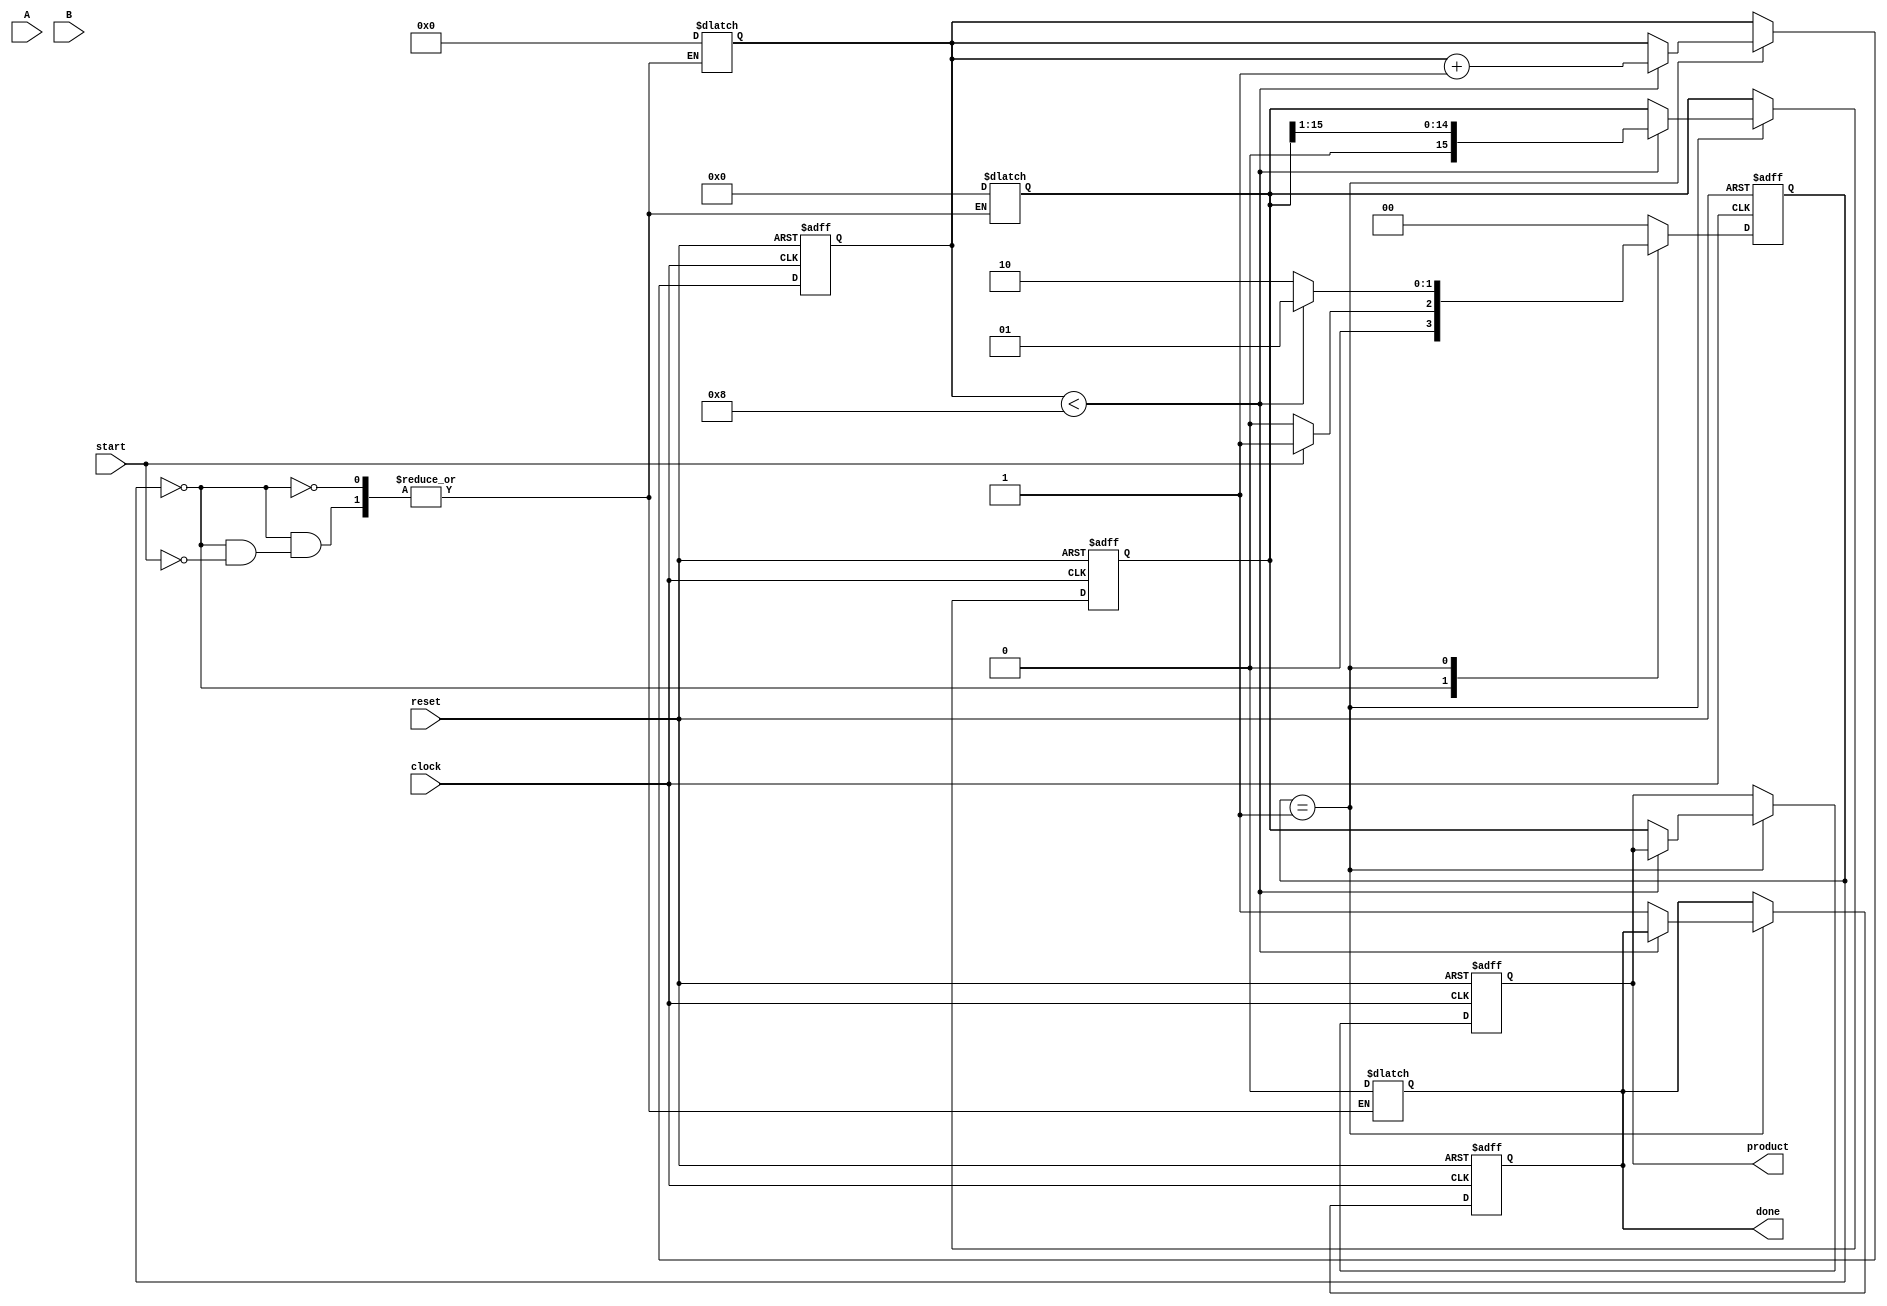
module booth_multiplier #(
    parameter WIDTH_A = 8,  // Width of multiplicand
    parameter WIDTH_B = 8   // Width of multiplier
)(
    input  wire [WIDTH_A-1:0] A,        // Multiplicand
    input  wire [WIDTH_B-1:0] B,        // Multiplier
    input  wire start,                   // Control signal to start multiplication
    input  wire clock,                   // Clock signal
    input  wire reset,                   // Asynchronous reset
    output reg [(WIDTH_A + WIDTH_B - 1):0] product, // Resulting product
    output reg done                     // Signal indicating completion
);

    // Internal registers
    reg [(WIDTH_A + WIDTH_B - 1):0] P;  // Accumulator for product
    reg [WIDTH_B-1:0] Q;                 // Multiplier
    reg [WIDTH_B:0] Q_1;                 // Previous bit of the multiplier
    reg [3:0] count;                     // Counter for iterations
    reg [1:0] state;                     // State for FSM
    reg [1:0] next_state;                // Next state for FSM

    // States
    localparam IDLE        = 2'b00;
    localparam RUN         = 2'b01;
    localparam DONE        = 2'b10;

    // FSM for control
    always @(posedge clock or posedge reset) begin
        if (reset) begin
            state <= IDLE;
            done <= 0;
            product <= 0;
            P <= 0;
            Q <= 0;
            Q_1 <= 0;
            count <= 0;
        end else begin
            state <= next_state;
            if (state == RUN) begin
                if (count < WIDTH_B) begin
                    // Booth's algorithm logic
                    case ({Q[0], Q_1})
                        2'b01: P <= P + {A, {WIDTH_B{1'b0}}}; // Add A
                        2'b10: P <= P - {A, {WIDTH_B{1'b0}}}; // Subtract A
                        default: ; // Do nothing
                    endcase
                    
                    // Arithmetic right shift
                    {P, Q} <= {P[(WIDTH_A + WIDTH_B - 1):1], Q[(WIDTH_B-1):1], Q[0]};
                    Q_1 <= Q[0];
                    count <= count + 1;
                end else begin
                    // Finalize product and signal done
                    product <= P;
                    done <= 1;
                end
            end
        end
    end

    // Next state logic
    always @(*) begin
        case (state)
            IDLE: begin
                if (start) begin
                    P = 0;
                    Q = B;
                    Q_1 = 0;
                    count = 0;
                    next_state = RUN;
                    done = 0;
                end else begin
                    next_state = IDLE;
                end
            end
            RUN: begin
                if (count < WIDTH_B) begin
                    next_state = RUN;
                end else begin
                    next_state = DONE;
                end
            end
            DONE: begin
                next_state = IDLE; // Go back to IDLE after done
            end
            default: next_state = IDLE;
        endcase
    end

endmodule